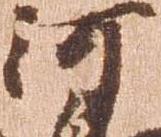
河